Vital statistics of India. Vol. IV, Annual returns from 1871 to 1876. British Army of India, Native Army and jails of Bengal
Year: 1871
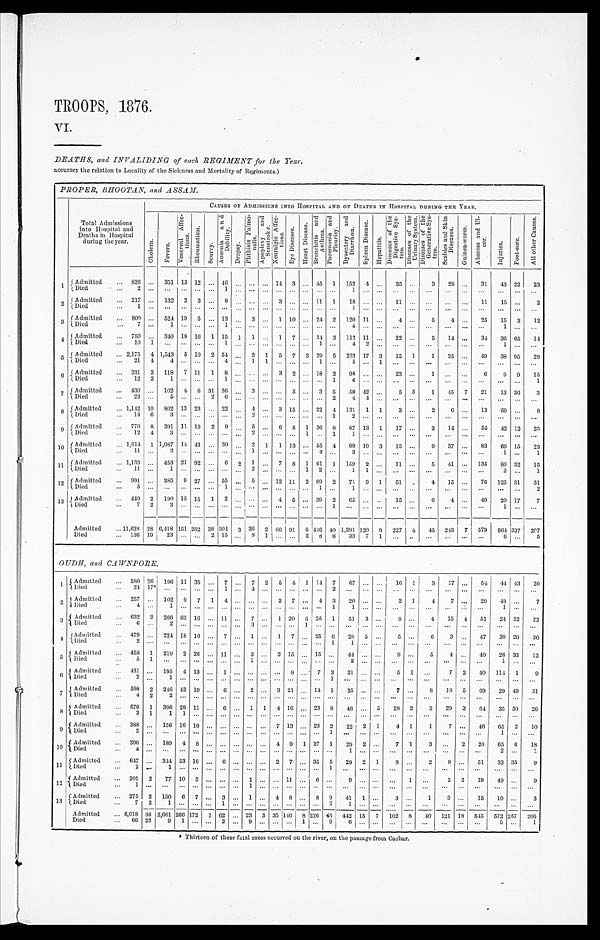
TROOPS, 1876.
VI.
DEATHS, and INVALIDING of each REGIMENT for the Year.
accuracy the relation to Locality of the Sickness and Mortality of Regiments.)
P R O P E R , B H O O T A N , a n d A S S A M .
Total Admissions
into Hospital and
Deaths in Hospital
during the year.
CAUSES OF ADMISSIONS INTO HOSPITAL AND OF DEATHS IN HOSPITAL DURING THE YEAR.
C h o l e r a .
F e v e r s .
V e n e r e a l A f f e c -
t i o n s .
R h e u m a t i s m . S c u r v y .
A n æ m i a a n d
D e b i l i t y .
D r o p s y .
P h t h i s i s P u l m o -
n a l i s . A p o p l e x y a n d
S u n s t r o k e .
N e u r a l g i c A f f e c -
t i o n s .
E y e D i s e a s e s .
H e a r t D i s e a s e .
B r o n e h i t i s a n d
A s t h m a . P n e u m o n i a a n d
P l e u r i s y . D y s e n t e r y a n d
D i a r r h œ a . S p l e e n D i s e a s e .
H e p a t i t i s .
D i s e a s e s o f t h e
D i g e s t i v e S y s -
t e m . D i s e a s e s o f t h e
U r i n a r y S y s t e m . D i s e a s e s o f t h e
G e n e r a t i v e S y s -
t e m . S c a b i e s a n d S k i n
D i s e a s e s .
G u i n e a - w o r n .
A b s c e s s a n d U l -
c e r .
I n j u r i e s .
F o o t - s o r e .
A l l o t h e r C a u s e s .
1 Admitted
826
351 13 12
4 6
14
3
4 5 1 152 4
35
3 28
31
4 3 22
2 3
Died 2
1
1
2 Admitted
217
132 2 3
8
3
11 1 18
11
11 15
2
Died 1
1
3 Admitted
800
524 19 5 13
3
1 1 0
24 2 1 2 0 11
4
5 4
25 15 3 12
Died
7
1
1
4
1
4 Admitted
750
340 18 16 1 15 1 1
1 7
3 4 3 112 11
22
5 14
34 36 65 14
Died 10
1
1
1
4 2
1
5 Admitted
2,175 4
1 , 5 4 3 5 10 2 54
2 1 5 7 2 29 5 223 17 3 15 1 1 35
49 38 95 29
Died
21
4 4
4
1 1
1
5
1
6 Admitted
331 3 118 7 11 1 8
3 2
18 2 95
23
1
6 9 9 15
Died 12
2 1
1
1 6
1
7 Admitted
430
102 4 6 31 36
3
5
3 5 59 42
5 3 1 45 7 21 13 36 3
Died 23
5
2 6
2 4 4
8 Admitted
1,142 10 802 13 23
22
4
3 15
22 4 131 1 1
3
2 6
13 59
8
Died
14 6
3
2
1
2
9 Admitted
770 8 391 11 19 2 9
5
6 5 1 3 6 8 87 13 1 17
3 14
55 42 12 25
Died
12
4 3
2
1
1 1
1 0 Admitted
1,614 1
1,087 1 4
43
30
2 1 1 13
5 5 4
9 9 1 0 3 15
9 37
83 69 15 23
Died 11
2
1
3
3
1
1
1 1 Admitted
1,113
453 21 92
6 2 1
7 8 1 61 1 159 2
11
5 41
135 80 32 15
Died 11
1
2
1 2
1 1
2
1
1 2 Admitted
991
385 9 2 7 55
5
12 1 1 2 6 9 2 71 9 1 51
4 15
76 125 31 31
Died 5
1
1
1
2
1 3 Admitted
449 2 190 15 15 1 2
4 5
39 2 65
15
6 4
40 20 17 7
Died
7
2 3
1
1
Admitted
11,628 28 6,418 151 282 38 304 3 26 2 60 91 6 446 40 1,391 120 9 227 4 45 243 7 579 564 337 207
Died 136
1 9 23
2 15
8 1
2 8 6 3 3 7 1
6
5
OUDH, and CAIVNPORE.
1 Admitted
580 26 196 11 35
7
7 2 5 4 1 14 7 67
16 1 3 17
54 44 43 20
Died
24
1 7 *
1
4
2
2 Admitted
257
102 9 7 1 4
2 7
4 3 20
2 1 4 7
29 48
7
Died 4
1
1 1
1
3 Admitted
632 2 266 63 16
1 1
7
1 2 0 6 25 1 51 3
8
4 15 4 51 24 32 22
Died
6
2
3
1
4 Admitted
479
2 2 4 1 8 1 0
7
1
1 7
2 5 6 28 5
5
6 3
47 30 26 30
Died
2
1 1
5
A d m i t t e d
4 5 8 1 210 2 26
11
3
2 1 5 15
44
9
5 4
40 26 33 12
D i e d
5
1
1
2
1
6 Admitted
431
195 4 13
1
8
7 3 21
5 1
7 2 40 114 1
9
Died
2
1
1
7
A d m i t t e d
5 9 8 9 2 246 42 1 0
6
2
3 2 1 14 1 35
7
8 18 5 69 29 49 31
D i e d
4 2 2
8 Admitted
676 1 306 28 11
6
1 1 4 1 6
2 3 8 46
5 28 2 3 29 3 64 35 30 26
Died
3 1 1 1
9 Admitted
388
156 16 10
7 13
23 2 22 2 1 4 1 1 7
46 65 2 10
D i e d
2
1
1
1 0 Admitted
396
1 8 9 4 8
4 9 1 27 1 29 2
7 1 3
2 20 65 6 18
Died
4
1
2
1
1 1 Admitted
647
344 53 16
6
2 7 35 5 29 2 1
8
2
9
51 33 35 9
Died
2
1
1
12 Admitted
201 2 77 10 3
1
11
6
9
1
2 2 19 49
9
Died
1
1
13 Admitted
275 2 150 6 7
3
1
4 8
8 9 41 1
3
1 3
15 10
3
Died 7
2 1
1
2 1
Admitted
6,018 36 2,661 266 172 1 62
23 3 35 146 8 2 2 6 46 442 15 7 102 8
4 0 121 18 545 572 2 5 7 206
Died 66
2 3 9 1
2
9
1
9 6
5
1
* Thirteen of these fatal cases occurred on the river, on the passage from Cachar.